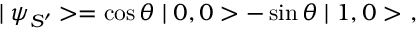
\mid \psi _ { S ^ { \prime } } > = \cos \theta \mid 0 , 0 > - \sin \theta \mid 1 , 0 > \ ,